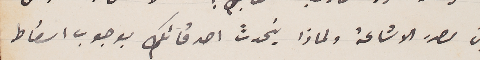
اين مصدر الاشاعة ولماذا يتحدثَ اصدقائكِ بوجوب اسقاط